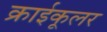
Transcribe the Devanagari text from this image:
क्राईकूलर